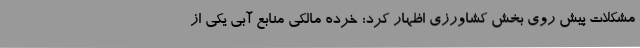
مشکلات پیش روی بخش کشاورزی اظهار کرد: خرده مالکی منابع آبی یکی از